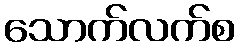
သောက်လက်စ